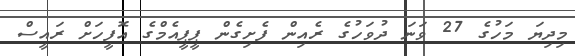
މިދިޔަ މަހުގެ 27 ވަނަ ދުވަހުގެ ރެއިން ފެށިގެން ޕީޕީއެމްގެ އޮފީހަށް ރައީސް